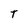
Character: T